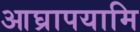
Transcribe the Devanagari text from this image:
आघ्रापयामि